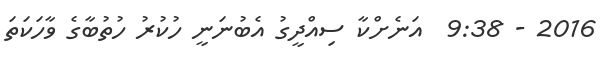
2016 - 9:38  އަނެށްކާ ސިއްދީގު އެބުނަނީ ހުކުރު ހުތުބާގެ ވާހަކަތަ